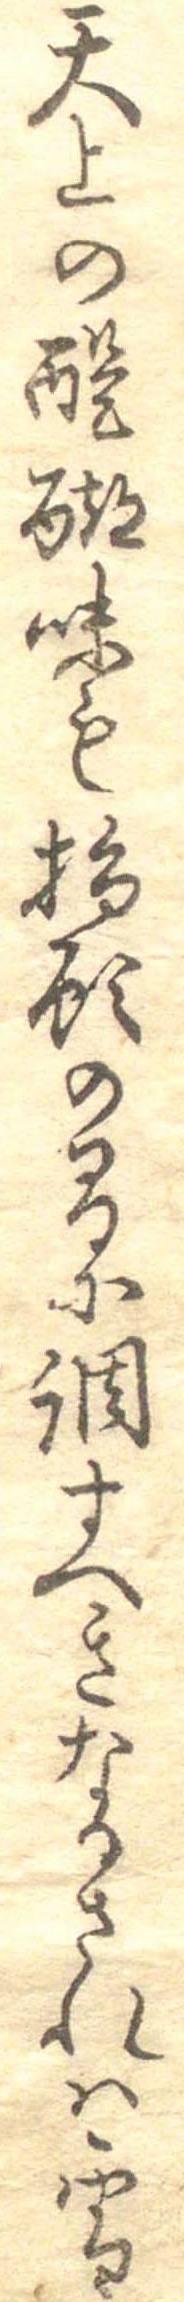
天上の醍醐味も指頭の間に調すへきなりされは雪